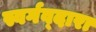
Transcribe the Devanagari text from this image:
स्वर्गव्दारा